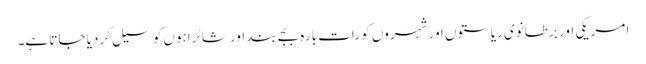
امریکی اور برطانوی ریاستوں اور شہروں کو رات بارہ بجے بند اور شائراہوں کو سیل کر دیا جاتا ہے۔